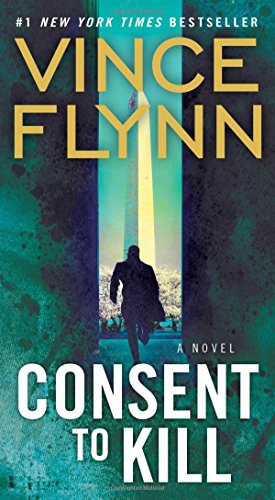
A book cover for Consent to Kill: A Thriller (A Mitch Rapp Novel); Vince Flynn; Mystery, Thriller & Suspense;